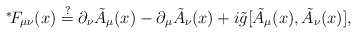
\begin{align*}\mbox{\mbox{}$^*\!$} F_{\mu\nu}(x) \stackrel{?}{=} \partial_\nu\tilde{A}_\mu(x) -\partial_\mu \tilde{A}_\nu(x) +i\tilde{g}[\tilde{A}_\mu(x),\tilde{A}_\nu(x)],\end{align*}